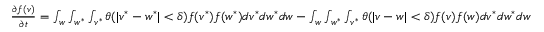
\begin{array} { r } { \frac { \partial f ( v ) } { \partial t } = \int _ { w } \int _ { w ^ { * } } \int _ { v ^ { * } } \theta ( | v ^ { * } - w ^ { * } | < \delta ) f ( v ^ { * } ) f ( w ^ { * } ) d v ^ { * } d w ^ { * } d w - \int _ { w } \int _ { w ^ { * } } \int _ { v ^ { * } } \theta ( | v - w | < \delta ) f ( v ) f ( w ) d v ^ { * } d w ^ { * } d w } \end{array}